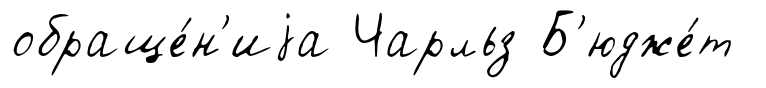
обраще́н'иjа Чарльз Б'юдже́т